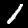
Label: 1